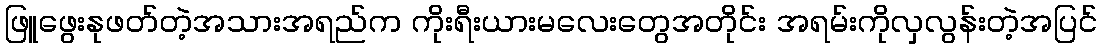
ဖြူဖွေးနုဖတ်တဲ့အသားအရည်က ကိုးရီးယားမလေးတွေအတိုင်း အရမ်းကိုလှလွန်းတဲ့အပြင်